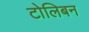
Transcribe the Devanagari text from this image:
टोलिबन